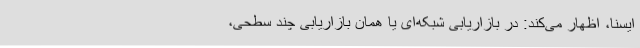
ایسنا، اظهار می‌کند: در بازاریابی شبکه‌ای یا همان بازاریابی چند سطحی،